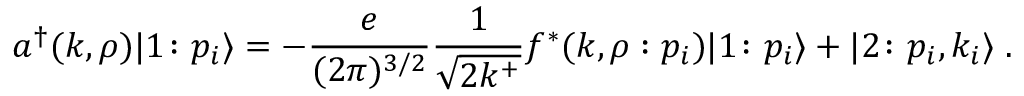
a ^ { \dagger } ( k , \rho ) \vert 1 \colon p _ { i } \rangle = - { \frac { e } { ( 2 \pi ) ^ { 3 / 2 } } } { \frac { 1 } { \sqrt { 2 k ^ { + } } } } f ^ { * } ( k , \rho : p _ { i } ) \vert 1 \colon p _ { i } \rangle + \vert 2 \colon p _ { i } , k _ { i } \rangle \; .